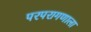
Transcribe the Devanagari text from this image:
परपरागणाला